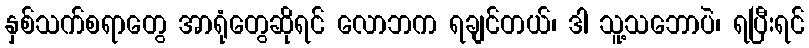
နှစ်သက်စရာတွေ အာရုံတွေဆိုရင် လောဘက ရချင်တယ်၊ ဒါ သူ့သဘောပဲ၊ ရပြီးရင်